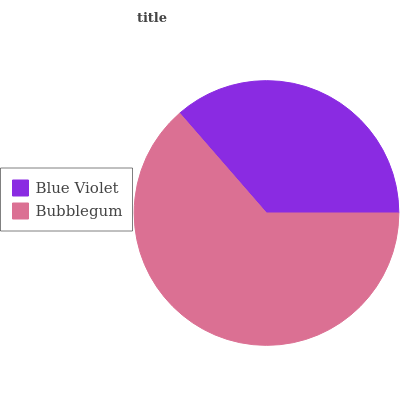
| Blue Violet | Bubblegum |
 | --- | --- |
 | 36.4% | 63.6% |